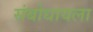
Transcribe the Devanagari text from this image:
संबोधायला